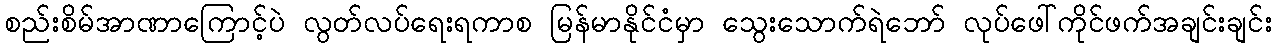
စည်းစိမ်အာဏာကြောင့်ပဲ လွတ်လပ်ရေးရကာစ မြန်မာနိုင်ငံမှာ သွေးသောက်ရဲဘော် လုပ်ဖေါ်ကိုင်ဖက်အချင်းချင်း